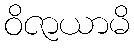
ဝိဇာယာမိ